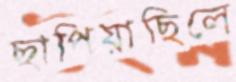
ছাপিয়াছিলে